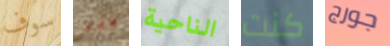
سوف هذه الناحية كنت جورج